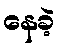
နေခဲ့